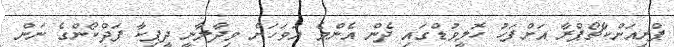
ޕްރިއަންކާޗޯޕްރާ އަށްފަހު ހޮލީވުޑްގައި ދެން އެންމެ އަވަހަށް ވިދާލާނީ ދީޕިކާ ޕަދްކޯންގެ ނަން